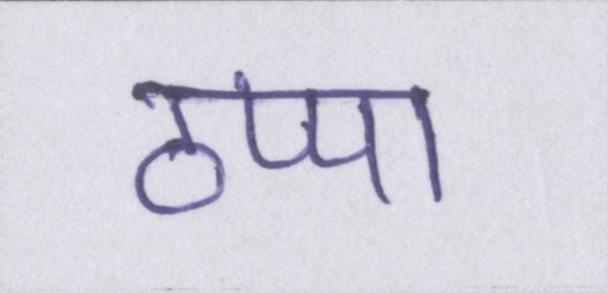
ठप्पा